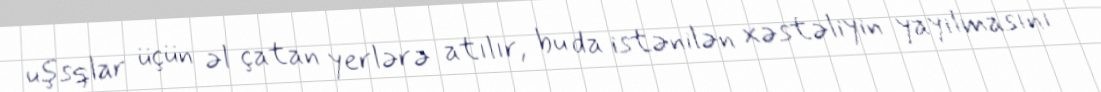
uşsqlar üçün əl çatan yerlərə atılır, bu da istənilən xəstəliyin yayılmasını